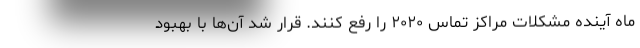
ماه آینده مشکلات مراکز تماس ۲۰۲۰ را رفع کنند. قرار شد آن‌ها با بهبود